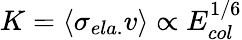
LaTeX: K=\langle\sigma_{ela.}v\rangle\propto E_{col}^{1/6}